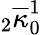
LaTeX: {}_{2}\overline{{\kappa}}_{0}^{1}